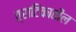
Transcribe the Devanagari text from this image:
त्राटिकातील